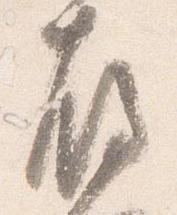
存